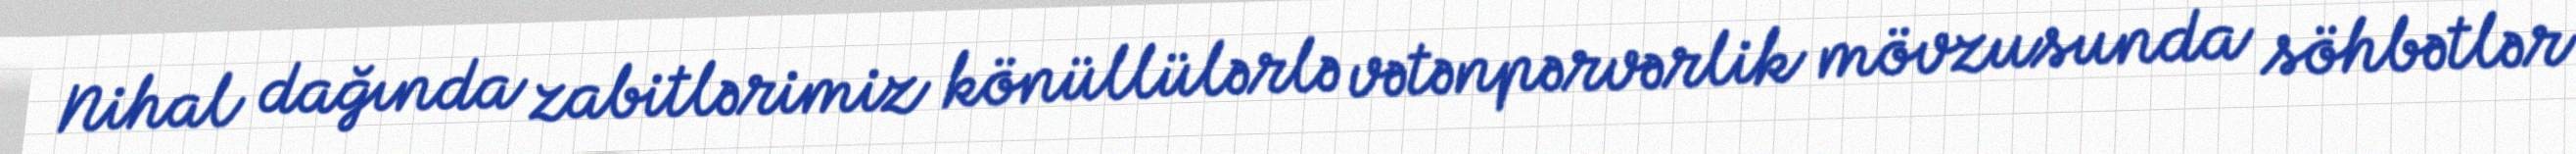
Nihal dağında zabitlərimiz könüllülərlə vətənpərvərlik mövzusunda söhbətlər